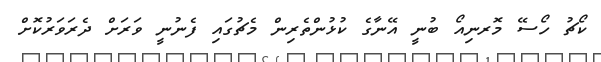
ކޯޗު ހޯސޭ މޮރނިއޯ ބުނީ އޭނާގެ ކުޅުންތެރިން މެޗުގައި ފެނުނީ ވަރަށް ދެރަވަރުކޮށް